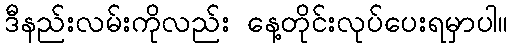
ဒီနည်းလမ်းကိုလည်း နေ့တိုင်းလုပ်ပေးရမှာပါ။